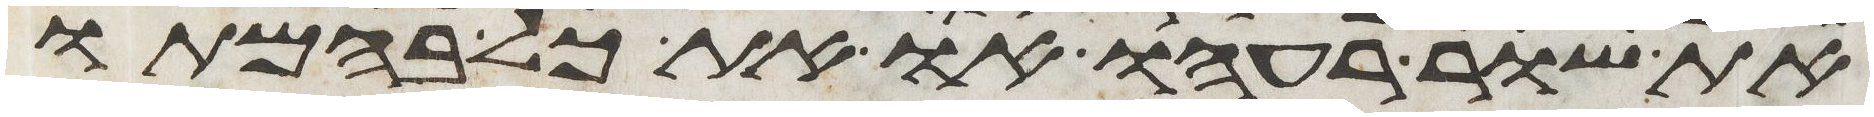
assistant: את שור רעהו או את כל בהמתו